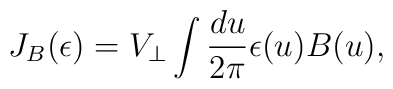
J_B(\epsilon) = V_\perp  \int {du \over 2\pi }\epsilon(u) B(u),